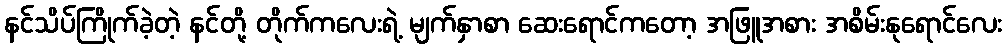
နင်သိပ်ကြိုက်ခဲ့တဲ့ နင်တို့ တိုက်ကလေးရဲ့ မျက်နှာစာ ဆေးရောင်ကတော့ အဖြူအစား အစိမ်းနုရောင်လေး